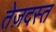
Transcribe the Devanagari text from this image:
तेज़दस्त